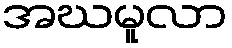
အဃမူလာ